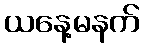
ယနေ့မနက်